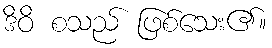
ဒိဝိ စသည် ဖြစ်သေး၏။